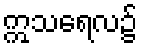
ဣသရေလ၌